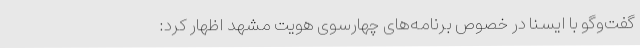
گفت‌وگو با ایسنا در خصوص برنامه‌های چهارسوی هویت مشهد اظهار کرد: